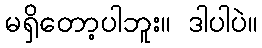
မရှိတော့ပါဘူး။ ဒါပါပဲ။